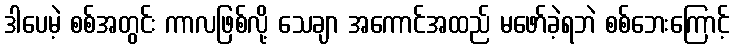
ဒါပေမဲ့ စစ်အတွင်း ကာလဖြစ်လို့ သေချာ အကောင်အထည် မဖော်ခဲ့ရဘဲ စစ်ဘေးကြောင့်